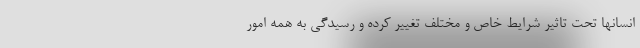
انسانها تحت تاثیر شرایط خاص و مختلف تغییر کرده و رسیدگی به همه امور